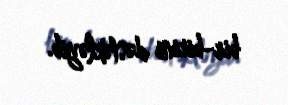
bir-birini dəstəkləyib.